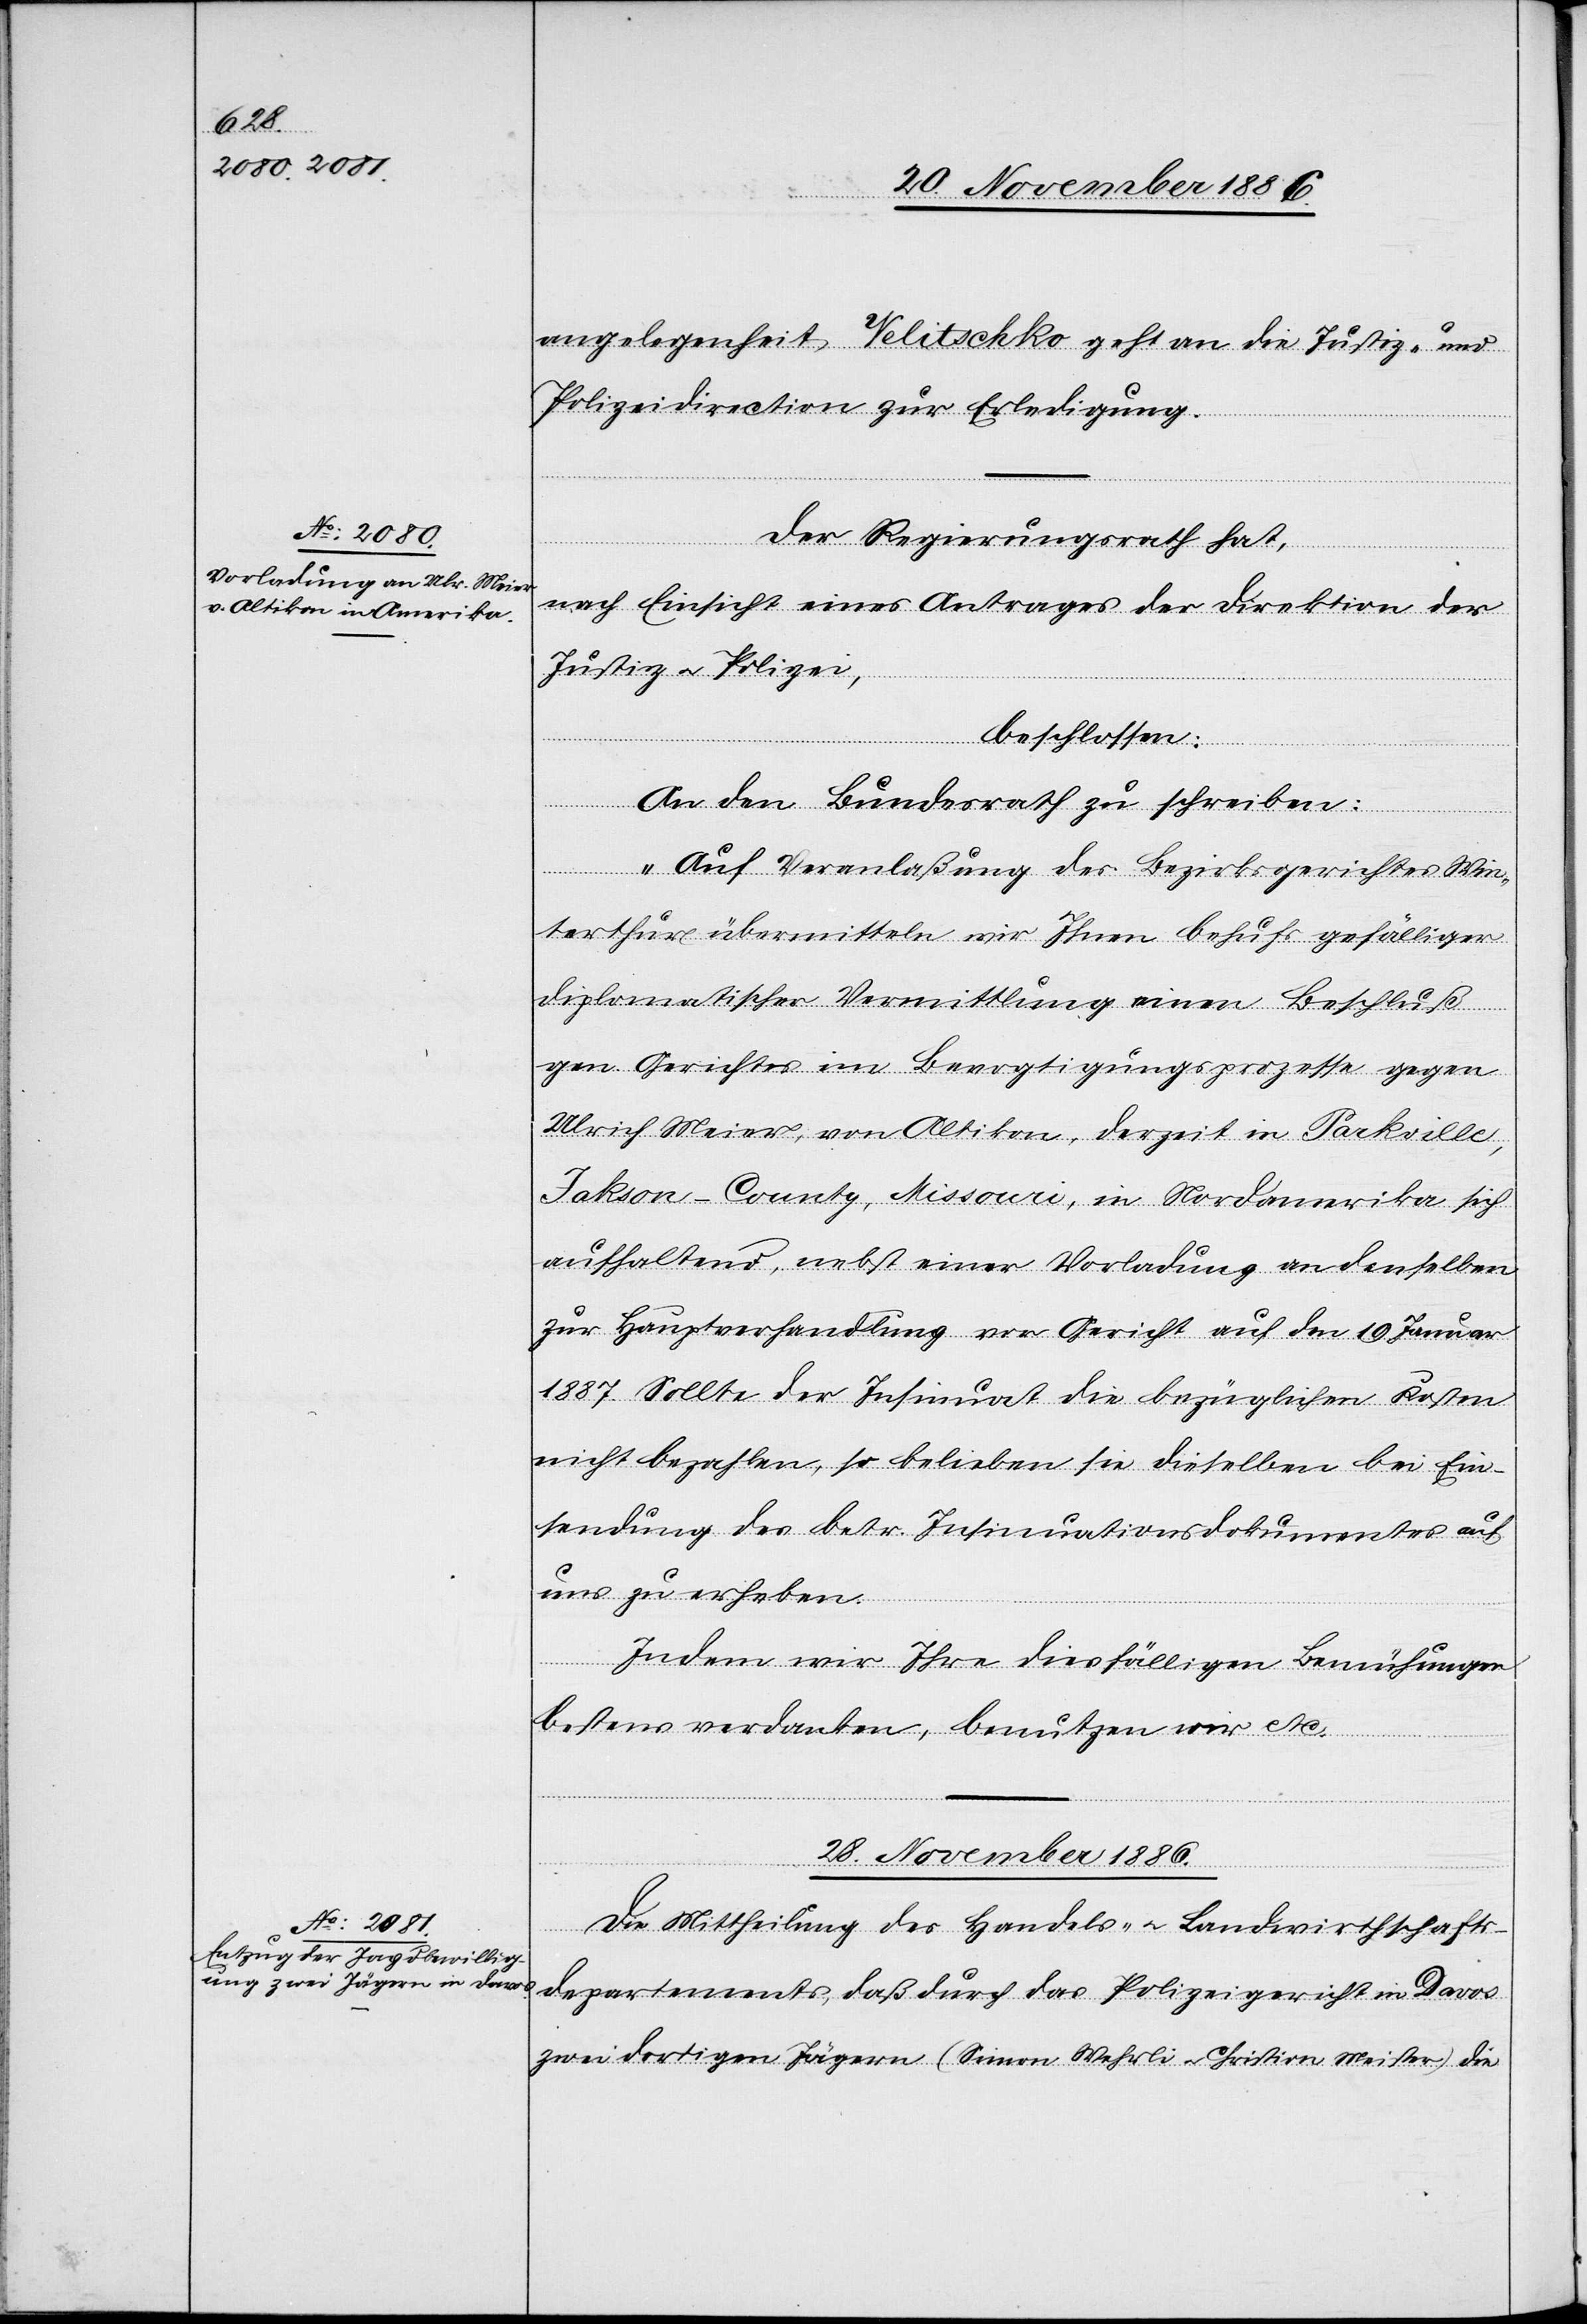
angelegenheit
Velitschko geht an die Justiz- und
Polizeidirection zur Erledigung.
Der Regierungsrath hat,
nach Einsicht eines Antrages der Direktion der
Justiz & Polizei,
beschlossen:
An den Bundesrath zu schreiben:
„Auf Veranlaßung des Bezirksgerichtes Win¬
terthur übermitteln wir Ihnen behufs gefälliger
diplomatischer Vermittlung einen Beschluß
gen. Gerichtes im Bevogtigungsprozesse gegen
Ulrich Meier, von Altikon, derzeit in Parkville,
Jakson-County, Missouri, in Nordamerika sich
aufhaltend, nebst einer Vorladung an denselben
zur Hauptverhandlung vor Gericht auf den 19. Januar
1887. Sollte der Insinua[n]t die bezüglichen Kosten
nicht bezahlen, so belieben sie [sic!] dieselben bei Ein¬
sendung des betr. Insinuationsdokumentes auf
uns zu erheben.
Indem wir Ihre diesfälligen Bemühungen
bestens verdanken, benutzen wir etc.“
28. November 1886.
Die Mittheilung des Handels- & Landwirthschafts¬
departements, daß durch das Polizeigericht in Davos
zwei dortigen Jägern (Simon Wehrli & Christian Meister) die